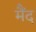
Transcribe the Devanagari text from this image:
मैंद